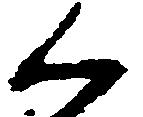
く